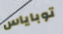
توباياس